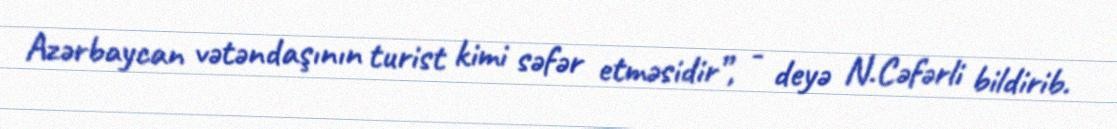
Azərbaycan vətəndaşının turist kimi səfər etməsidir”, - deyə N.Cəfərli bildirib.